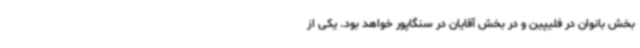
بخش بانوان در فلیپین و در بخش آقایان در سنگاپور خواهد بود. یکی از